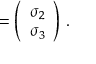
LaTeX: \mathbf { \sigma } = \left( \begin{array} { c } { { \sigma _ { 2 } } } \\ { { \sigma _ { 3 } } } \end{array} \right) \, .